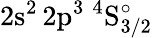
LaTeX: \mathrm{2s^{2}\, 2p^{3}~^{4}S_{3/2}^{\circ}}